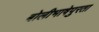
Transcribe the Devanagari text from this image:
बोलीभाषेपुरता